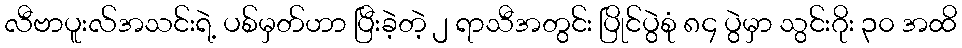
လီဗာပူးလ်အသင်းရဲ့ ပစ်မှတ်ဟာ ပြီးခဲ့တဲ့ ၂ ရာသီအတွင်း ပြိုင်ပွဲစုံ ၈၄ ပွဲမှာ သွင်းဂိုး ၃၀ အထိ